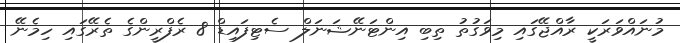
މުނައްވަރަކީ ރާއްޖޭގައި މިވަގުތު ތިބި އިންޓަނޭޝަނަލް ސެޓިފައިޑް 8 ރެފްރީންގެ ތެރޭގައި ހިމެނޭ